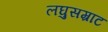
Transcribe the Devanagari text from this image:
लघुसम्राट